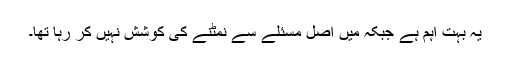
یہ بہت اہم ہے جبکہ میں اصل مسئلے سے نمٹنے کی کوشش نہیں کر رہا تھا۔